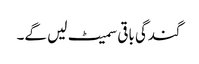
گندگی باقی سمیٹ لیں گے۔